Medical and sanitary report of the native army of Bengal for the year
Year: 1876
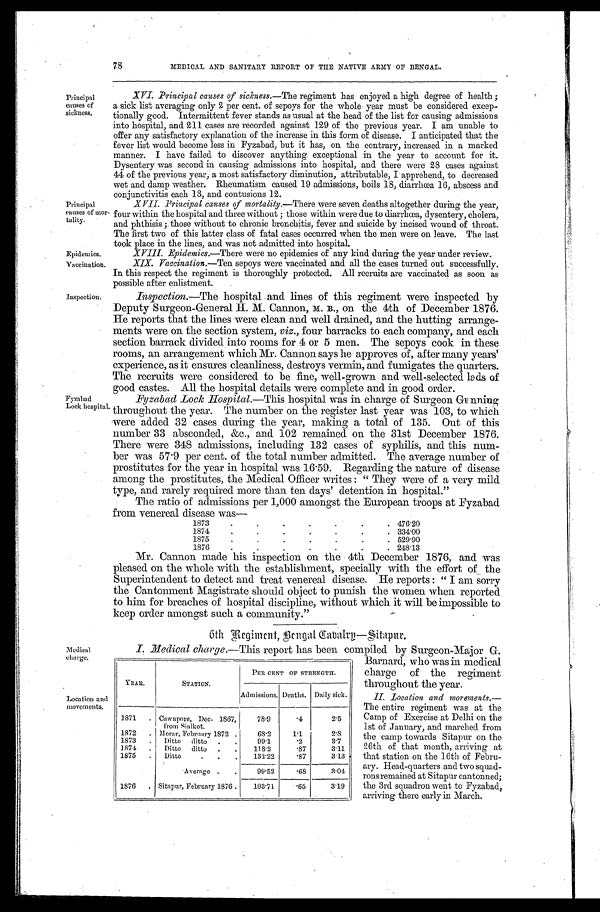
78
MEDICAL AND SANITARY REPORT OF THE NATIVE ARMY OF BENGAL.
Principal
causes of
sickness.
Principal
causes of mor-
tality.
Epidemics.
Vaccination.
Inspection.
Fyzabad
Lock hospital.
XVI. Principal causes of sickness. —The regiment has enjoyed a high degree of health;
a sick list averaging only 2 per cent. of sepoys for the whole year must be considered excep-
tionally good. Intermittent fever stands as usual at the head of the list for causing admissions
into hospital, and 211 cases are recorded against 129 of the previous year. I am unable to
offer any satisfactory explanation of the increase in this form of disease. I anticipated that the
fever list would become less in Fyzabad, but it has, on the contrary, increased in a marked
manner. I have failed to discover anything exceptional in the year to account for it.
Dysentery was second in causing admissions into hospital, and there were 28 cases against
44 of the previous year, a most satisfactory diminution, attributable, I apprehend, to decreased
wet and damp weather. Rheumatism caused 19 admissions, boils 18, diarrhœa 16, abscess and
conjunctivitis each 13, and contusions 12.
XVII. Principal causes of mortality. —There were seven deaths altogether during the year,
four within the hospital and three without; those within were due to diarrhœa, dysentery, cholera,
and phthisis ; those without to chronic bronchitis, fever and suicide by incised wound of throat.
The first two of this latter class of fatal cases occurred when the men were on leave. The last
took place in the lines, and was not admitted into hospital.
XVIII. Epidemics.—There were no epidemics of any kind during the year under review.
XIX. Vaccination.—Ten sepoys were vaccinated and all the cases turned out successfully.
In this respect the regiment is thoroughly protected. All recruits are vaccinated as soon as
possible after enlistment.
Inspection.—The hospital and lines of this regiment were inspected by
Deputy Surgeon-General H. M. Cannon, M. B., on the 4th of December 1876.
He reports that the lines were clean and well drained, and the hutting arrange-
ments were on the section system, viz., four barracks to each company, and each
section barrack divided into rooms for 4 or 5 men. The sepoys cook in these
rooms, an arrangement which Mr. Cannon says he approves of, after many years'
experience, as it ensures cleanliness, destroys vermin, and fumigates the quarters.
The recruits were considered to be fine, well-grown and well-selected lads of
good castes. All the hospital details were complete and in good order.
Fyzabad Lock Hospital. —This hospital was in charge of Surgeon Gunning
throughout the year. The number on the register last year was 103, to which
were added 32 cases during the year, making a total of 135. Out of this
number 33 absconded, &c., and 102 remained on the 31st December 1876.
There were 348 admissions, including 132 cases of syphilis, and this num-
ber was 57.9 per cent. of the total number admitted. The average number of
prostitutes for the year in hospital was 16.59. Regarding the nature of disease
among the prostitutes, the Medical Officer writes: "They were of a very mild
type, and rarely required more than ten days' detention in hospital."
The ratio of admissions per 1,000 amongst the European troops at Fyzabad
from venereal disease
w a s —
Medical
charge.
Location and
movements.
1873
.
.
.
.
.
.
. 476.20
1874
.
.
.
.
.
.
. 334.00
1875
.
.
.
.
.
.
. 529.90
1876
.
.
.
.
.
.
.
248.13
Mr. Cannon made his inspection on the 4th December 1876, and was
pleased on the whole with the establishment, specially with the effort of the
Superintendent to detect and treat venereal disease. He reports: "I am sorry
the Cantonment Magistrate should object to punish the women when reported
to him for breaches of hospital discipline, without which it will be impossible to
keep order amongst such a community."
6th Regiment, Bengal Cavalry—Sitapur.
I. Medical charge.— This report has been compiled by Surgeon-Major G.
Barnard, who was in medical
charge of the regiment
throughout the year.
II. Location and movements.
—The entire regiment was at the
Camp of Exercise at Delhi on the
1st of January, and marched from
the camp towards Sitapur on the
26th of that month, arriving at
that station on the 16th of Febru-
ary. Head-quarters and two squad-
rons remained at Sitapur cantonned;
the 3rd squadron went to Fyzabad,
arriving there early in March.
YEAR.
STATION.
PER CENT OF STRENGTH.
Admissions. Deaths. Daily sick.
1871 . Cawnpore, Dec. 1867,
from Sialkot.
78.9
. 4 2.5
1872 . Morar, February 1872 .
68.2
1.1
2.8
1873 . Ditto ditto .
.
99.1
. 2 3.7
1874 . Ditto ditto .
.
118.2
. 8 7 3.11
1875 . Ditto
.
.
.
132.22
.87
3.13
Average .
.
99.52
. 6 8 3.04
1876 . Sitapur, February 1876 .
103.71
. 6 5
3.19